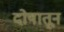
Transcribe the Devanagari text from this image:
दोषातून